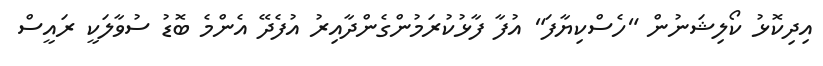
އިދިކޮޅު ކޯލިޝަނުން "ހެސްކިޔާފަ" އުފާ ފާޅުކުރަމުންގެންދާއިރު އުފެދޭ އެންމެ ބޮޑު ސުވާލަކީ ރައީސް